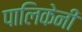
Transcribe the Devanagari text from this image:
पालिकेनी